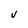
Character: d